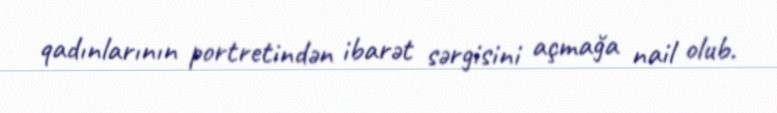
qadınlarının portretindən ibarət sərgisini açmağa nail olub.